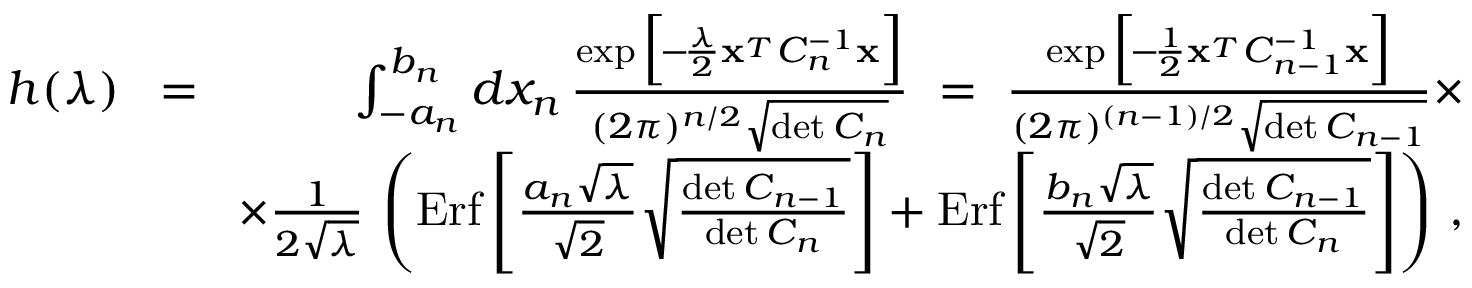
\begin{array} { r l r } { h ( \lambda ) } & { \! = \! } & { \int _ { - a _ { n } } ^ { b _ { n } } d x _ { n } \, { \frac { \exp \Big [ \! - \! { \frac { \lambda } { 2 } } { \bf x } ^ { _ T } C _ { n } ^ { - 1 } { \bf x } \Big ] } { ( 2 \pi ) ^ { n / 2 } \sqrt { \operatorname* { d e t } C _ { n } } } } \ = \ { \frac { \exp \Big [ \! - \! { \frac { 1 } { 2 } } { \bf x } ^ { _ T } C _ { n - 1 } ^ { - 1 } { \bf x } \Big ] } { ( 2 \pi ) ^ { ( n - 1 ) / 2 } \sqrt { \operatorname* { d e t } C _ { n - 1 } } } } \times } \\ & { } & { \times { \frac { 1 } { 2 \sqrt \lambda } } \, \left( \mathrm { E r f } \left[ { \frac { a _ { n } \sqrt \lambda } { \sqrt 2 } } \sqrt { \frac { \operatorname* { d e t } C _ { n - 1 } } { \operatorname* { d e t } C _ { n } } } \right] + \mathrm { E r f } \left[ { \frac { b _ { n } \sqrt \lambda } { \sqrt 2 } } \sqrt { \frac { \operatorname* { d e t } C _ { n - 1 } } { \operatorname* { d e t } C _ { n } } } \right] \right) \, , } \end{array}